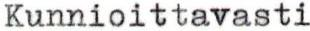
Kunnioittavasti